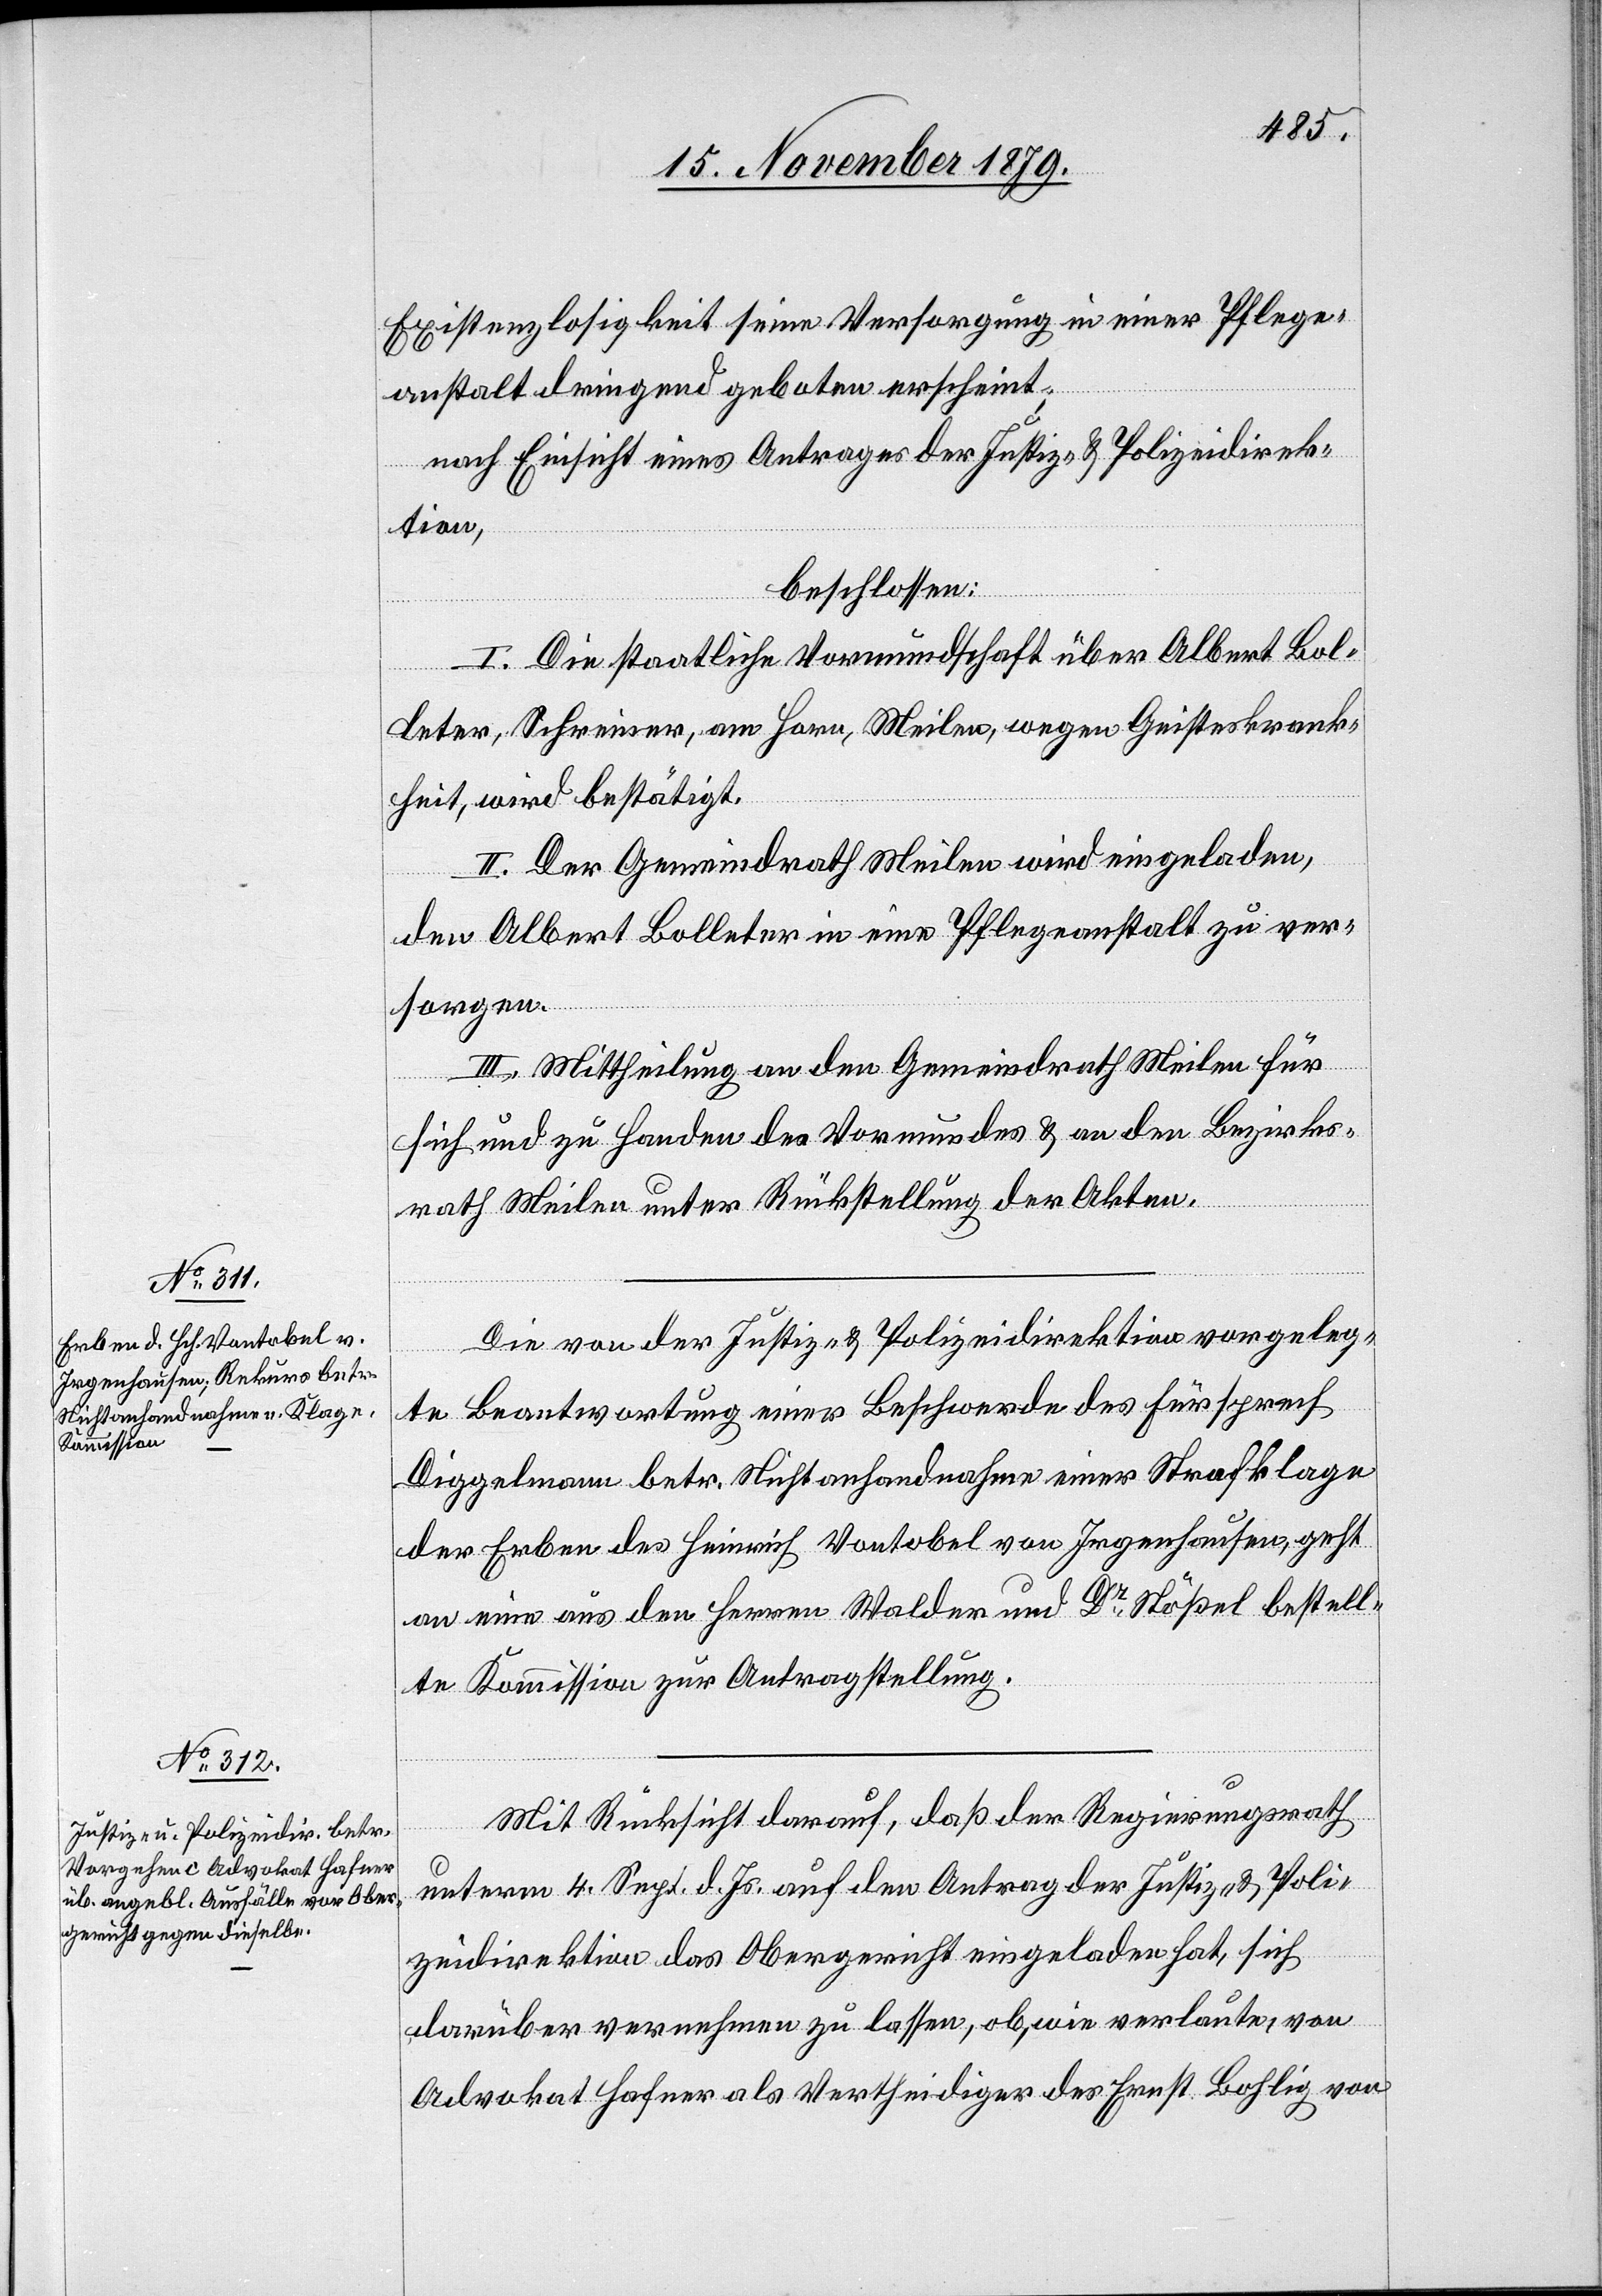
Existenzlosigkeit seine Versorgung in einer Pflege¬
anstalt dringend geboten erscheint,
nach Einsicht eines Antrages der Justiz- & Polizeidirek¬
tion,
beschlossen:
I. Die staatliche Vormundschaft über Albert Bol¬
leter, Schreiner, am Horn, Meilen, wegen Geisteskrank¬
heit, wird bestätigt.
II. Der Gemeindrath Meilen wird eingeladen,
den Albert Bolleter in eine Pflegeanstalt zu ver¬
sorgen.
III. Mittheilung an den Gemeindrath Meilen für
sich und zu Handen des Vormundes & an den Bezirks¬
rath Meilen unter Rückstellung der Akten.
Die von der Justiz- & Polizeidirektion vorgeleg¬
te Beantwortung einer Beschwerde des Fürsprech
Diggelmann betr. Nichtanhandnahme einer Strafklage
der Erben des Heinrich Vontobel von Irgenhausen, geht
an eine aus den Herren Walder und Dr Stößel bestell¬
te Kommission zur Antragstellung.
Mit Rücksicht darauf, daß der Regierungsrath
unterm 4. Sept. d. Js. auf den Antrag der Justiz- & Poli¬
zeidirektion das Obergericht eingeladen hat, sich
darüber vernehmen zu lassen, ob, wie verlaute, von
Advokat Hafner als Vertheidiger des Ernst Bohlig von